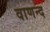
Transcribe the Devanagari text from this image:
वाणन्द